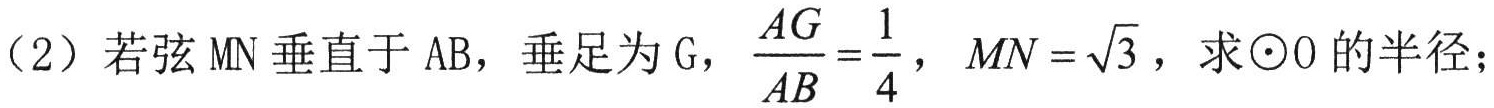
（2）若弦\(MN\)垂直于\(AB\)，垂足为\(G\)，\(\dfrac{AG}{AB}=\dfrac{1}{4}\)，\(MN = \sqrt{3}\)，求\(\odot O\)的半径；